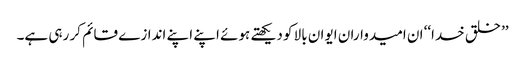
’’خلق خدا‘‘ ان امیدواران ایوان بالا کو دیکھتے ہوئے اپنے اپنے اندازے قائم کر رہی ہے۔